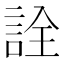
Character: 詮